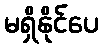
မရှိနိုင်ပေ